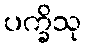
ပက္ခိသု